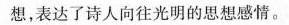
想，表达了诗人向往光明的思想感情。